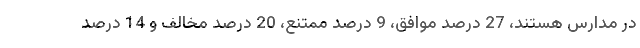
در مدارس هستند، 27 درصد موافق، 9 درصد ممتنع، 20 درصد مخالف و 14 درصد